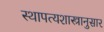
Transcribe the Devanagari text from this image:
स्थापत्यशास्त्रानुसार